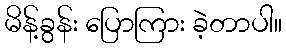
မိန့်ခွန်း ပြောကြား ခဲ့တာပါ။